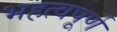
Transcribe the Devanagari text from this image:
भहत्वपूर्ण